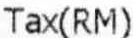
TAX(RM)